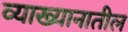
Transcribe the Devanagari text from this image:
व्याख्यानातील